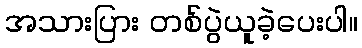
အသားပြား တစ်ပွဲယူခဲ့ပေးပါ။